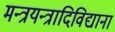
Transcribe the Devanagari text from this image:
मन्त्रयन्त्रादिविद्यानां